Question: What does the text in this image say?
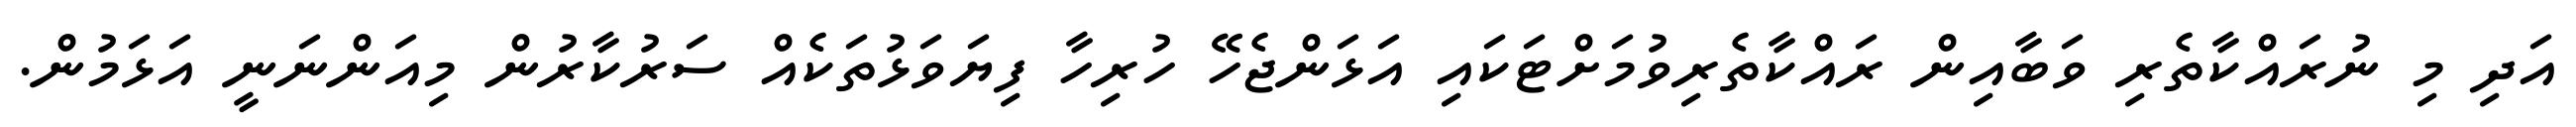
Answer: އަދި މި ނުރައްކާތެރި ވަބާއިން ރައްކާތެރިވުމަށްޓަކައި އަޅަންޖެހޭ ހުރިހާ ފިޔަވަޅުތަކެއް ސަރުކާރުން މިއަންނަނީ އަޅަމުން.